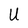
Character: U